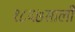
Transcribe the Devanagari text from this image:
१८६७साली